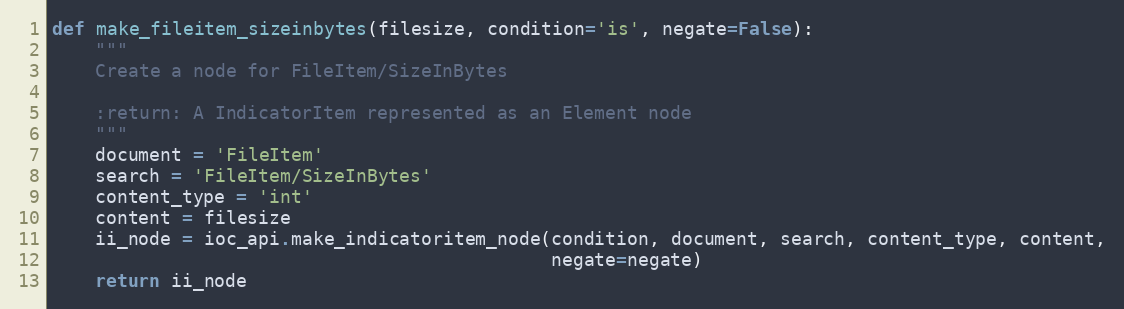
Language: Python
def make_fileitem_sizeinbytes(filesize, condition='is', negate=False):
    """
    Create a node for FileItem/SizeInBytes

    :return: A IndicatorItem represented as an Element node
    """
    document = 'FileItem'
    search = 'FileItem/SizeInBytes'
    content_type = 'int'
    content = filesize
    ii_node = ioc_api.make_indicatoritem_node(condition, document, search, content_type, content,
                                              negate=negate)
    return ii_node